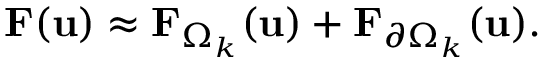
{ \mathbf { F } } ( \mathbf { u } ) \approx { \mathbf { F } } _ { \Omega _ { k } } ( \mathbf { u } ) + { \mathbf { F } } _ { \partial \Omega _ { k } } ( \mathbf { u } ) .